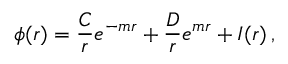
\phi ( r ) = \frac C r e ^ { - m r } + \frac D r e ^ { m r } + I ( r ) \, ,